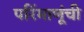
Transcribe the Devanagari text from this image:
परिंमाणूंची